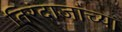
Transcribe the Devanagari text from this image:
तिरंदाजांच्या